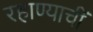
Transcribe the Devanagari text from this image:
रहाण्याचीं